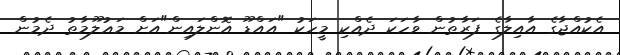
އެކުއްޖާގެ އާއިލާގެ ފަރާތުން ވާހަކަ ދެއްކި މީހަކު "އައްޑޫ އޮންލައިން"އަށް މަޢުލޫމާތު ދެމުން